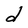
Character: d